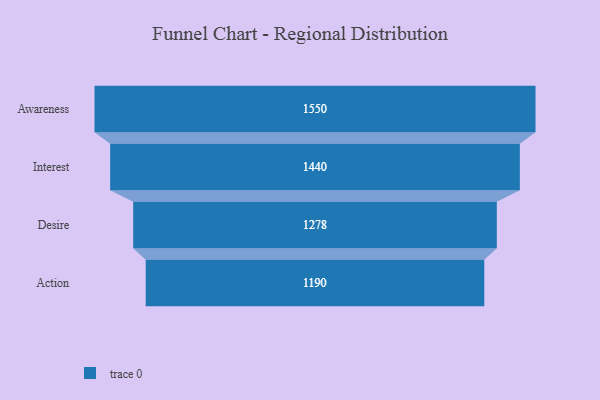
{"axis": {"x": "Stage", "y": "Value"}, "legend": [""], "data": [{"x": "Awareness", "y": 1550.0, "type": ""}, {"x": "Interest", "y": 1440.0, "type": ""}, {"x": "Desire", "y": 1278.0, "type": ""}, {"x": "Action", "y": 1190.0, "type": ""}]}